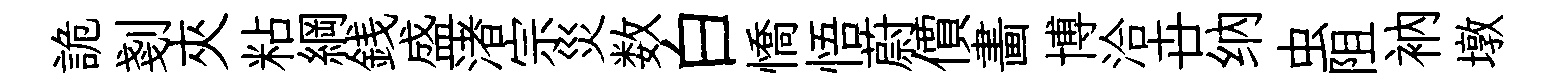
詭剗夾粘綱銭盛渚宗災数白憍悟蔚價畵博洽卋纳虫阻衲墩